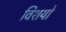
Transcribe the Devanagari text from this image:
विशयो